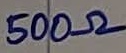
Text: 500Ω